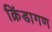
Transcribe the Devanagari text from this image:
क्रिंडागण